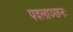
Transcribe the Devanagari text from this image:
पदलाञ्छनः